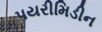
પયરીમિડીન